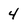
Character: 4